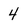
Character: 4